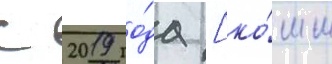
С 2019 го́да [ко́мм